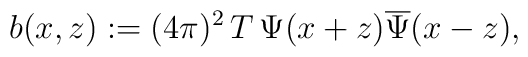
b(x,z) := (4\pi)^2 \, T \, \Psi(x + z) \overline{\Psi}(x - z),